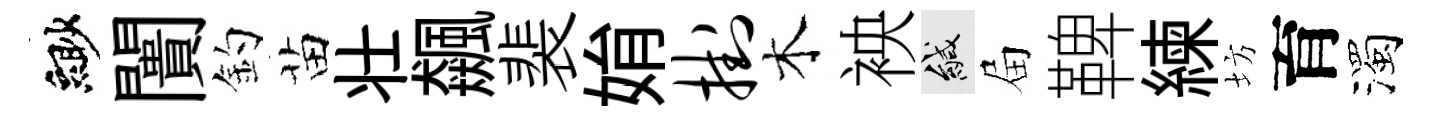
緲闠釣苗壮飆裴姢挂木䘧緘屇鞞練坊育濁